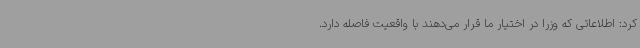
کرد: اطلاعاتی که وزرا در اختیار ما قرار می‌دهند با واقعیت فاصله دارد.